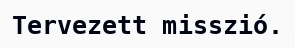
Tervezett misszió.